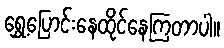
ရွှေ့ပြောင်းနေထိုင်နေကြတာပါ။